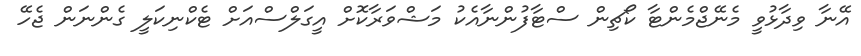
އޭނާ ވިދާޅުވީ މެނޭޖްމެންޓާ ކޯޗިން ސްޓާފުންނާއެކު މަޝްވަރާކޮށް އީގަލްސްއަށް ޓެކްނިކަލީ ގެންނަން ޖެހޭ